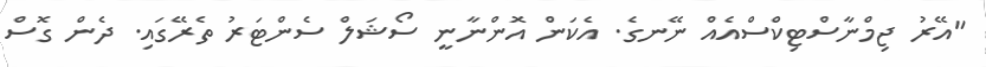
"އޭރު ޖިމްނާސްޓިކްސްއެއް ނޭނގެ. އެކަން އޮންނާނީ ސޯޝަލް ސެންޓަރު ތެރޭގައި. ދެން ގޮސް